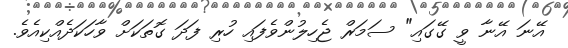
އޭނަ އޭނާ ވީ ގޭގައި" ސަމަރް ޖެހިލުންވެފައި ހުރި ފަދަ ގޮތަކަށް ވާހަކަދެއްކިއެވެ.